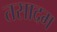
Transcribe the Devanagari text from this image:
तसादम